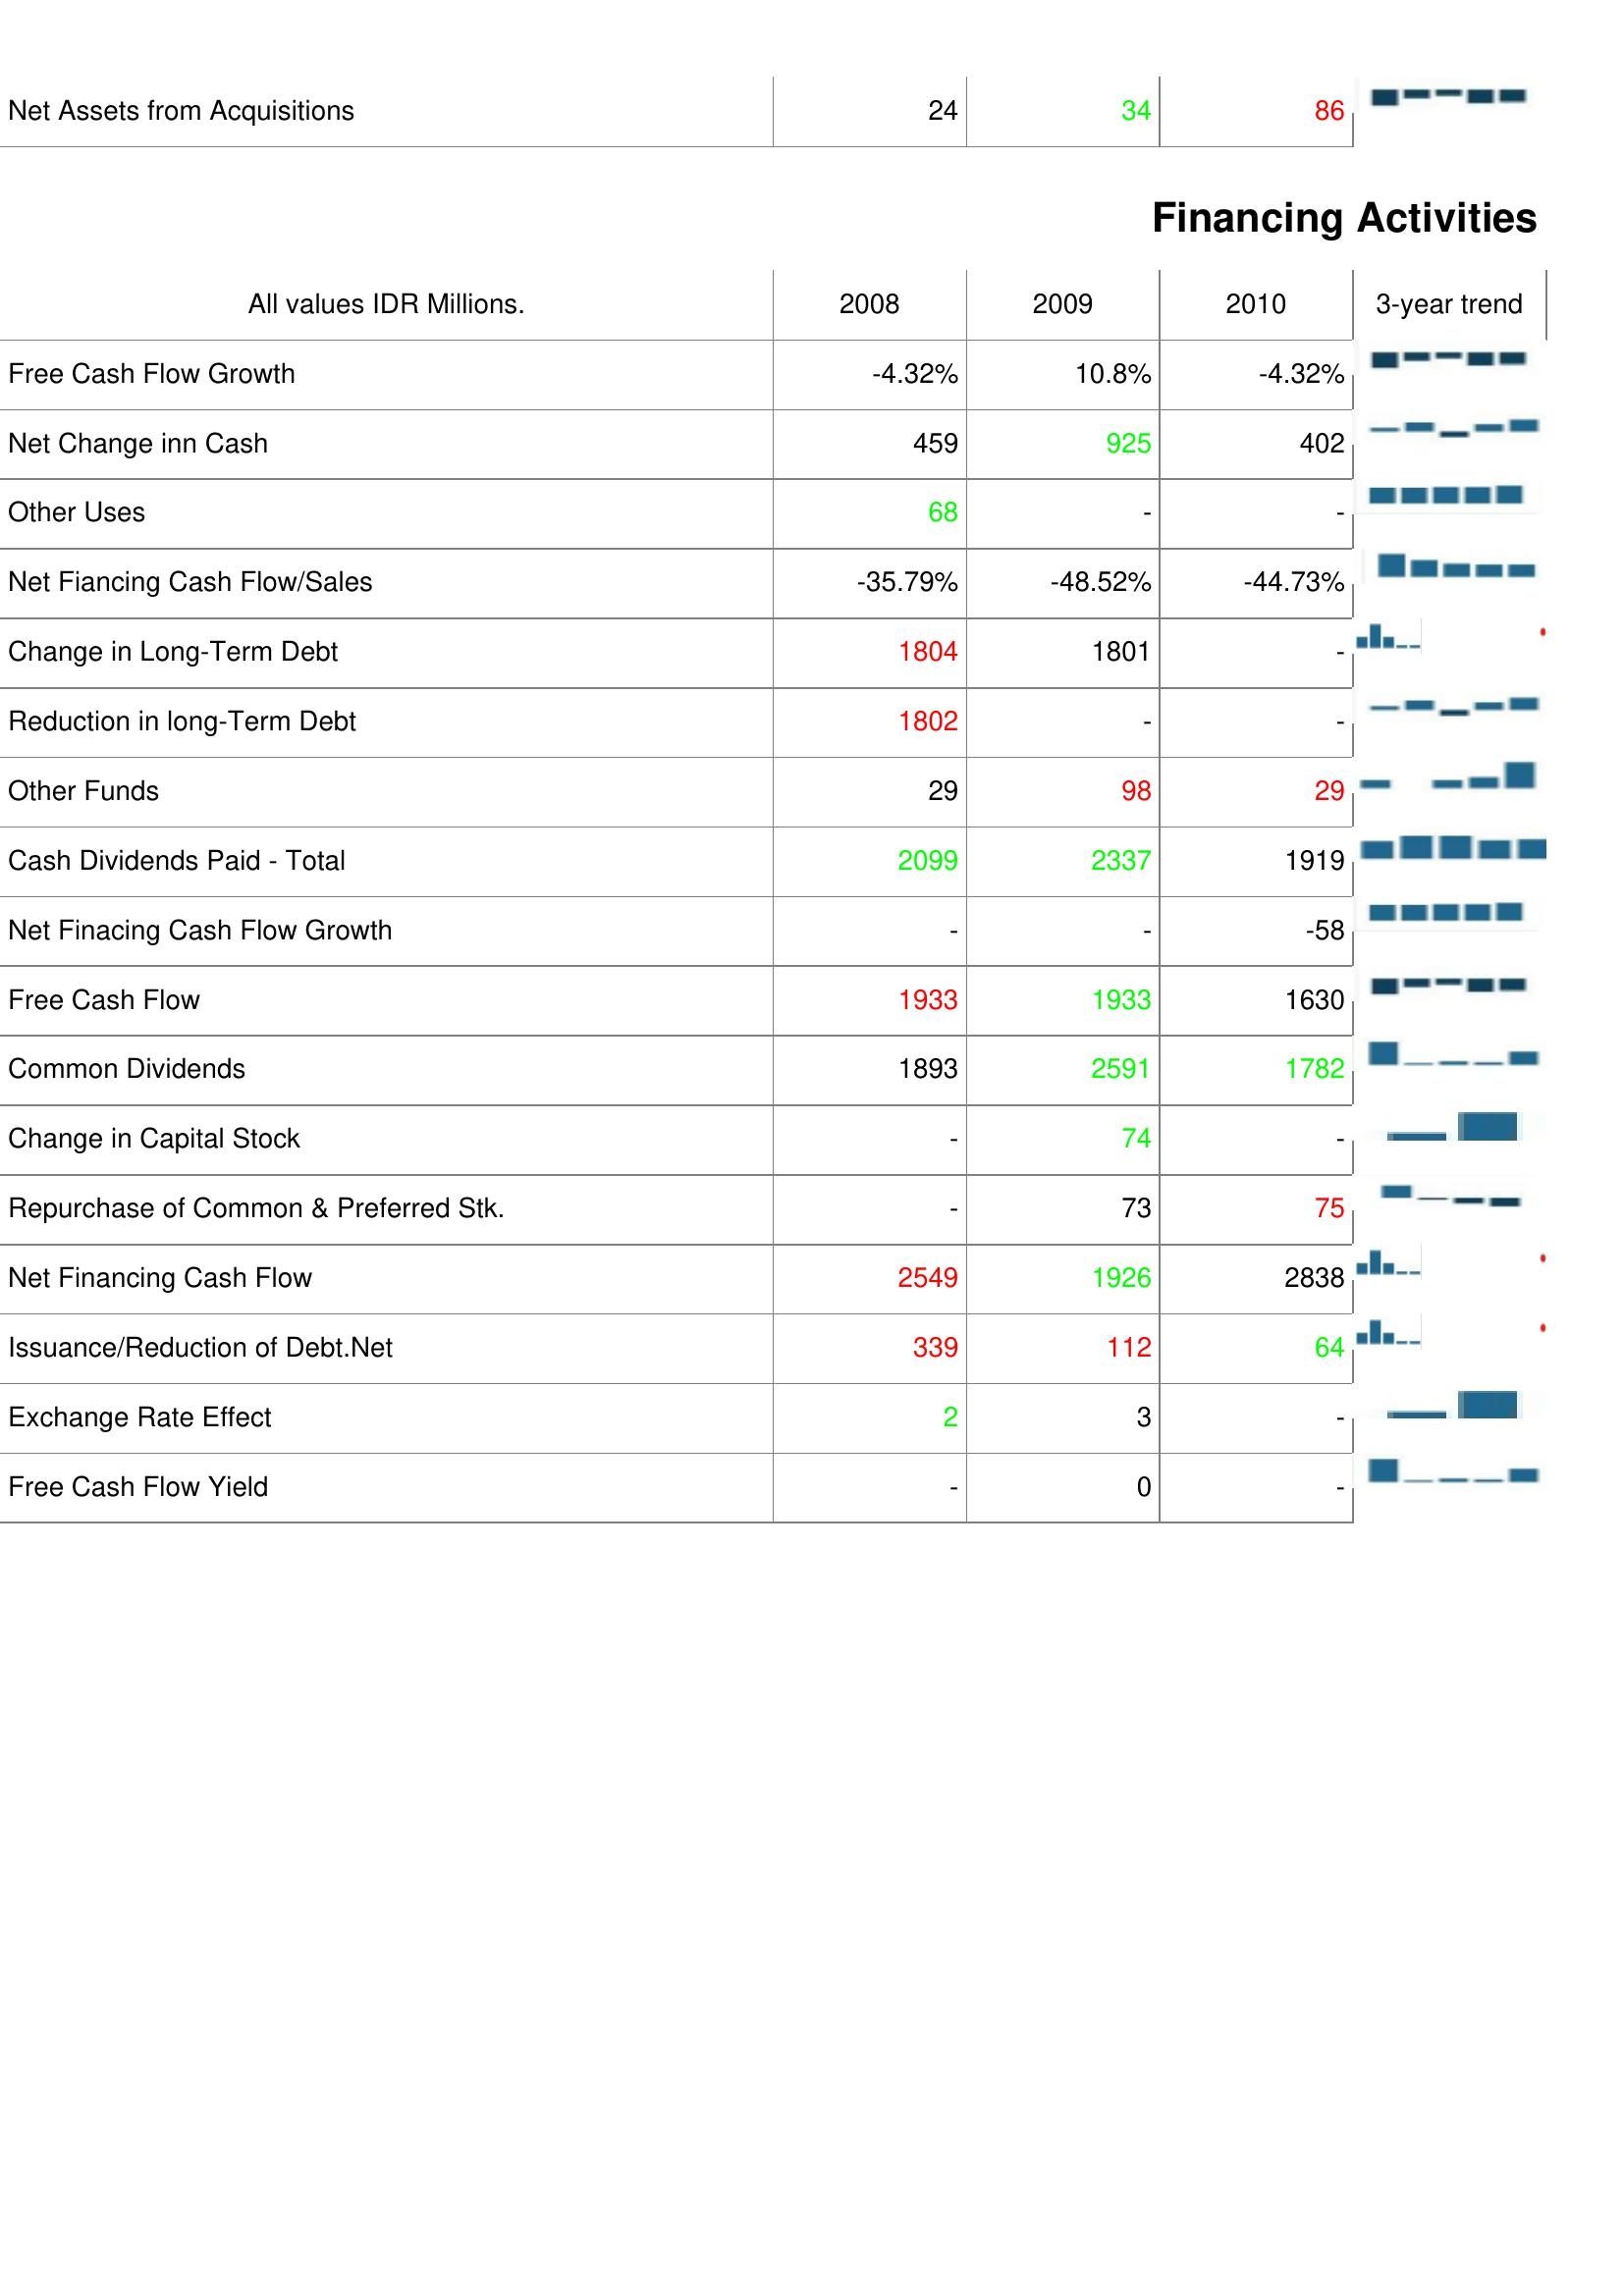
2008: Investing Activities: Net Assets from Acquisitions: 24
Financing Activities: Free Cash Flow Growth: -4.32%
Net Change inn Cash: 459
Other Uses: 68
Net Fiancing Cash Flow/Sales: -35.79%
Change in Long-Term Debt: 1804
Reduction in long-Term Debt: 1802
Other Funds: 29
Cash Dividends Paid - Total: 2099
Net Finacing Cash Flow Growth: -
Free Cash Flow: 1933
Common Dividends: 1893
Change in Capital Stock: -
Repurchase of Common & Preferred Stk.: -
Net Financing Cash Flow: 2549
Issuance/Reduction of Debt.Net: 339
Exchange Rate Effect: 2
Free Cash Flow Yield: -
2009: Investing Activities: Net Assets from Acquisitions: 34
Financing Activities: Free Cash Flow Growth: 10.8%
Net Change inn Cash: 925
Other Uses: -
Net Fiancing Cash Flow/Sales: -48.52%
Change in Long-Term Debt: 1801
Reduction in long-Term Debt: -
Other Funds: 98
Cash Dividends Paid - Total: 2337
Net Finacing Cash Flow Growth: -
Free Cash Flow: 1933
Common Dividends: 2591
Change in Capital Stock: 74
Repurchase of Common & Preferred Stk.: 73
Net Financing Cash Flow: 1926
Issuance/Reduction of Debt.Net: 112
Exchange Rate Effect: 3
Free Cash Flow Yield: 0
2010: Investing Activities: Net Assets from Acquisitions: 86
Financing Activities: Free Cash Flow Growth: -4.32%
Net Change inn Cash: 402
Other Uses: -
Net Fiancing Cash Flow/Sales: -44.73%
Change in Long-Term Debt: -
Reduction in long-Term Debt: -
Other Funds: 29
Cash Dividends Paid - Total: 1919
Net Finacing Cash Flow Growth: -58
Free Cash Flow: 1630
Common Dividends: 1782
Change in Capital Stock: -
Repurchase of Common & Preferred Stk.: 75
Net Financing Cash Flow: 2838
Issuance/Reduction of Debt.Net: 64
Exchange Rate Effect: -
Free Cash Flow Yield: -